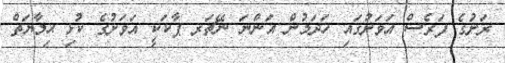
ރަށުގެ ފަރެސް އަވަށުގައި ހަދަމުން އަންނަ ނޭޗަރ ޕާކަކީ އަވަށުގެ ކުޅި ޙިމާޔަތް